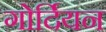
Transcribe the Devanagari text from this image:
गोर्दियन